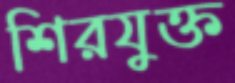
শিরযুক্ত